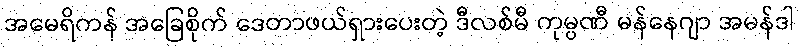
အမေရိကန် အခြေစိုက် ဒေတာဖယ်ရှားပေးတဲ့ ဒီလစ်မီ ကုမ္ပဏီ မန်နေဂျာ အမန်ဒါ